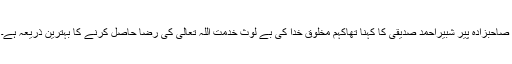
صاحبزادہ پیر شبیراحمد صدیقی کا کہنا تھاکہم مخلوق خدا کی بے لوث خدمت اللہ تعالیٰ کی رضا حاصل کرنے کا بہترین ذریعہ ہے۔